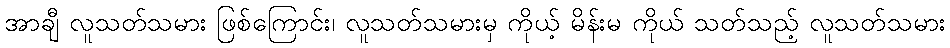
အာချီ လူသတ်သမား ဖြစ်ကြောင်း၊ လူသတ်သမားမှ ကိုယ့် မိန်းမ ကိုယ် သတ်သည့် လူသတ်သမား